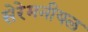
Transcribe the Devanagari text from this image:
सेरेमनीयल